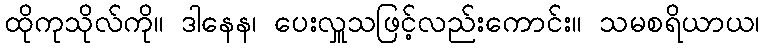
ထိုကုသိုလ်ကို။ ဒါနေန၊ ပေးလှူသဖြင့်လည်းကောင်း။ သမစရိယာယ၊